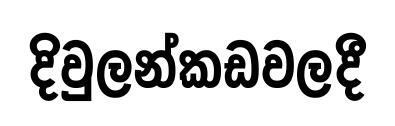
දිවුලන්කඩවලදී